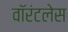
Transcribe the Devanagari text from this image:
वॉरंटलेस